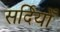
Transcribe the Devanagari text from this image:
सर्दियोँ